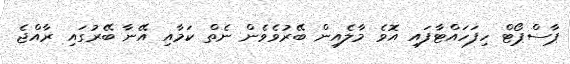
ޕާސްޕޯޓް ހިފަހައްޓާފައި އޮވެ މާލެއިން ބޭރުވެވެން ނެތް ކަމާއި އޭނާ ބޭރުގައި ރާއްޖެ